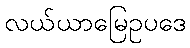
လယ်ယာမြေဥပဒေ